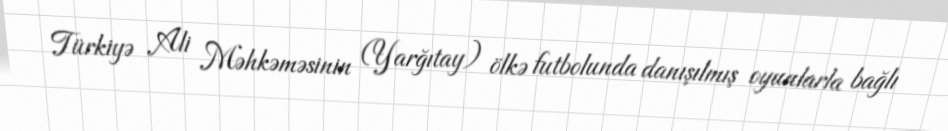
Türkiyə Ali Məhkəməsinin (Yarğıtay) ölkə futbolunda danışılmış oyunlarla bağlı